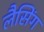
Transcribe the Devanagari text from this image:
लैसिंग